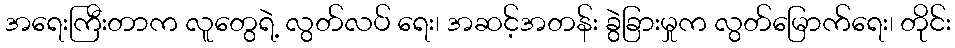
အရေးကြီးတာက လူတွေရဲ့ လွတ်လပ် ရေး၊ အဆင့်အတန်း ခွဲခြားမှုက လွတ်မြောက်ရေး၊ တိုင်း